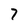
Character: 7